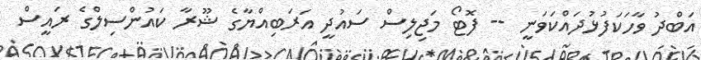
އަބްދު ވާހަކަފުޅުދައްކަވަނީ -- ފޮޓޯ މަޖިލިސް ސައުދީ އަރަބިއްޔާގެ ޝޫރާ ކައުންސިލްގެ ރައީސް